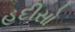
હદીસો